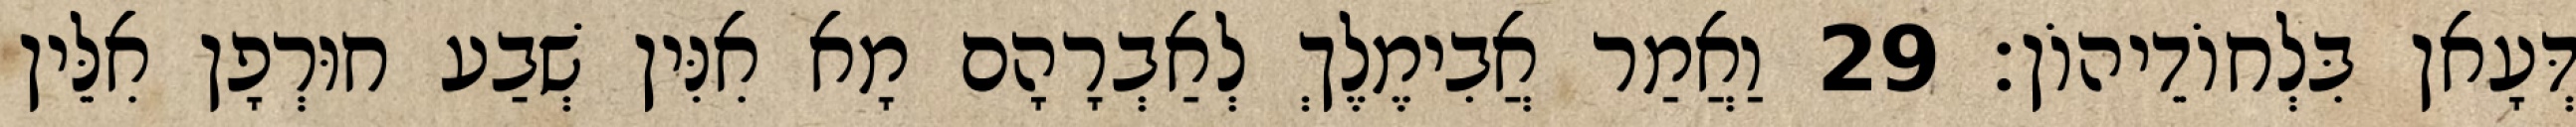
דְּעָאן בִּלְחוֹדֵיהוֹן׃ 29 וַאֲמַר אֲבִימֶלֶךְ לְאַבְרָהָם מָא אִנִּין שְׁבַע חוּרְפָן אִלֵּין